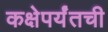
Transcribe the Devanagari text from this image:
कक्षेपर्यंतची